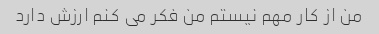
من از کار مهم نیستم من فکر می کنم ارزش دارد